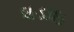
ઘડાઇ